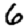
Digit: 6